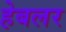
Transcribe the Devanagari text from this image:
हेबलर